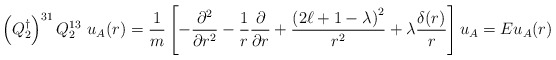
\begin{align*}\left( Q_{2}^\dagger \right)^{31} Q_{2}^{13} \ u_A ({r}) = {1 \over m} \left[ - {\partial^2 \over \partial r^2} - {1 \over r}{\partial \over \partial r} + {\left( 2 \ell + 1 - \lambda \right)^2 \over r^2}+ \lambda { \delta (r) \over r} \right] u_A = E u_A ({r})\end{align*}